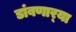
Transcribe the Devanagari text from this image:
डांबणार्‍या